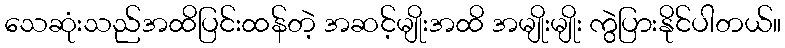
သေဆုံးသည်အထိပြင်းထန်တဲ့ အဆင့်မျိုးအထိ အမျိုးမျိုး ကွဲပြားနိုင်ပါတယ်။